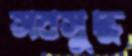
সবসুদ্ধ